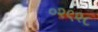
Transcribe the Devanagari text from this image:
०२९२८